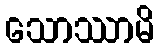
သောဿာမိ